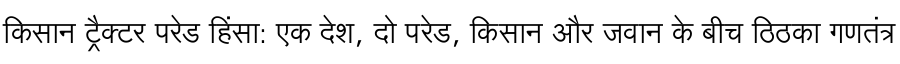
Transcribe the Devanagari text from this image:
किसान ट्रैक्टर परेड हिंसा: एक देश, दो परेड, किसान और जवान के बीच ठिठका गणतंत्र